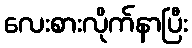
လေးစားလိုက်နာပြီး